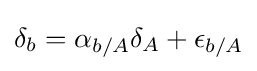
\delta _{b}=\alpha _{b/A}\delta _{A}+\epsilon _{b/A}